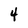
Character: 4